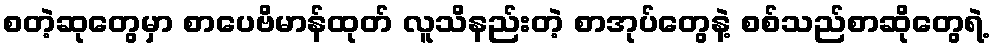
စတဲ့ဆုတွေမှာ စာပေဗိမာန်ထုတ် လူသိနည်းတဲ့ စာအုပ်တွေနဲ့ စစ်သည်စာဆိုတွေရဲ့